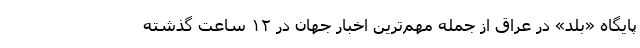
پایگاه «بلد» در عراق از جمله مهم‌ترین اخبار جهان در ۱۲ ساعت گذشته